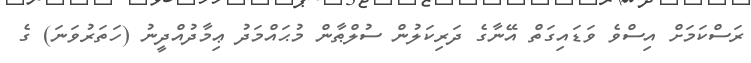
ރަސްކަމަށް އިސްވެ ވަޑައިގަތް އޭނާގެ ދަރިކަލުން ސުލްޠާން މުޙައްމަދު ޢިމާދުއްދީނު (ހަތަރުވަނަ) ގެ